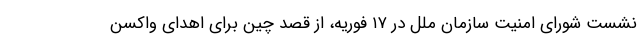
نشست شورای امنیت سازمان ملل در ۱۷ فوریه، از قصد چین برای اهدای واکسن